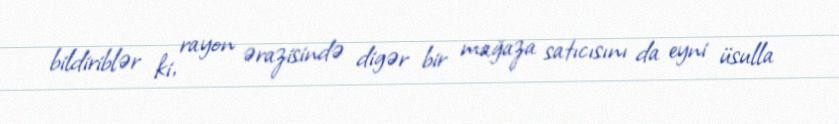
bildiriblər ki, rayon ərazisində digər bir mağaza satıcısını da eyni üsulla